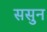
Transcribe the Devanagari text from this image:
ससुन